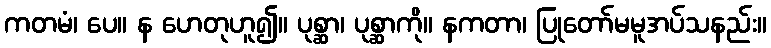
ကတမံ၊ ပေ။ န ဟေတုဟူ၍။ ပုစ္ဆာ၊ ပုစ္ဆာကို။ နကတာ၊ ပြုတော်မမူအပ်သနည်း။